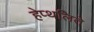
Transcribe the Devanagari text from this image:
हेप्थलिते